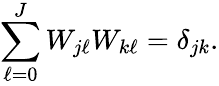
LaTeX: \sum_{\ell=0}^{J}W_{j\ell}W_{k\ell}=\delta_{jk}.